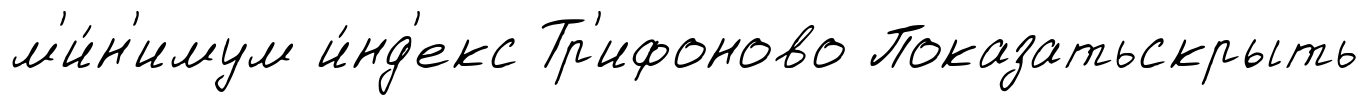
м'и́н'имум и́нд'екс Тр'ифоново Показатьскрыть